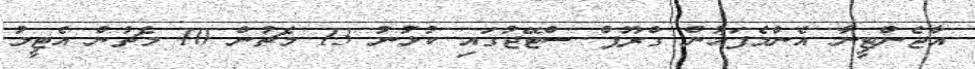
އާޖެންޓީނާ އެންމެފަހުން ގްރޫޕް ސްޓޭޖުގައި ކުޅުނު 13 މެޗުން 10 މެޗުން އެޓީމު